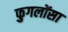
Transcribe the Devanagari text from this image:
फुगलोंसा